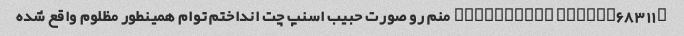
@bloodyelii @habib68311 منم رو صورت حبیب اسنپ چت انداختم توام همینطور مظلوم واقع شده